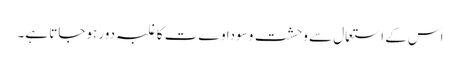
اس کے استعمال سے وحشت وسوداوےت کا غلبہ دور ہوجاتا ہے۔